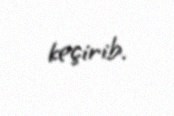
keçirib.